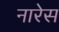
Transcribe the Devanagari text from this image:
नारेस